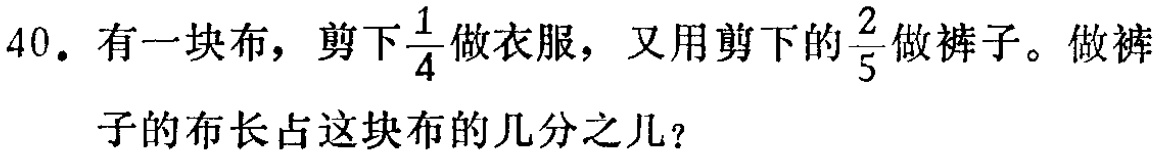
40. 有一块布，剪下$\frac{1}{4}$做衣服，又用剪下的$\frac{2}{5}$做裤子。做裤子的布长占这块布的几分之几？